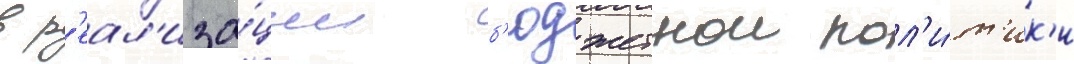
в р'еал'иза́ции б'юджетнои пол'и́т'ик'и